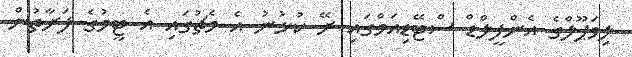
ލިވަޕޫލްގެ އެންފީލްޑް ސްޓޭޑިއަމްގައި ރޭ ކުޅުނު އެ މެޗުގައި އެ ޓީމުގެ ފަރާތުން